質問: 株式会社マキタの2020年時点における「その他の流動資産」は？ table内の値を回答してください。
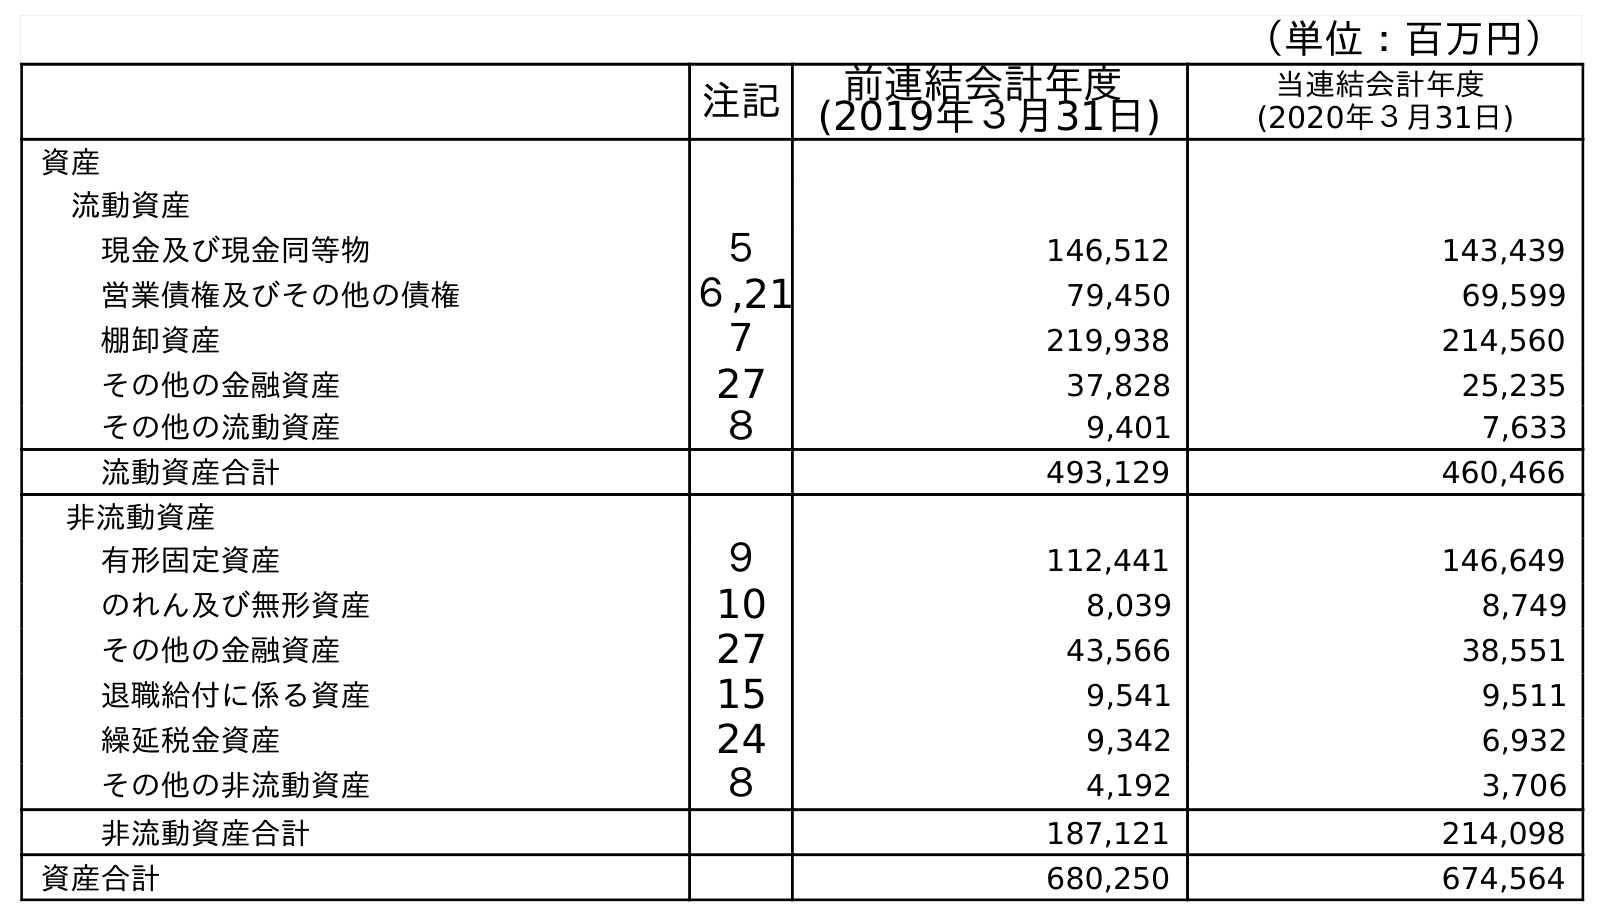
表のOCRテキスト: （単位：百万円） 注記 前連結会計年度 (2019年３月31日) 当連結会計年度 (2020年３月31日) 資産 流動資産 現金及び現金同等物 ５ 146,512 143,439 営業債権及びその他の債権 ６,21 79,450 69,599 棚卸資産 ７ 219,938 214,560 その他の金融資産 27 37,828 25,235 その他の流動資産 ８ 9,401 7,633 流動資産合計 493,129 460,466 非流動資産 有形固定資産 ９ 112,441 146,649 のれん及び無形資産 10 8,039 8,749 その他の金融資産 27 43,566 38,551 退職給付に係る資産 15 9,541 9,511 繰延税金資産 24 9,342 6,932 その他の非流動資産 ８ 4,192 3,706 非流動資産合計 187,121 214,098 資産合計 680,250 674,564
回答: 7,633